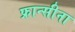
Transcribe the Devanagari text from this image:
फ्रान्सीना